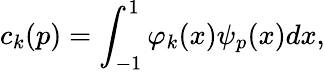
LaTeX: c_{k}(p)=\int_{-1}^{1}{\varphi}_{k}(x)\psi_{p}(x)dx,